Scottish Leaving Certificate Examination, 1956
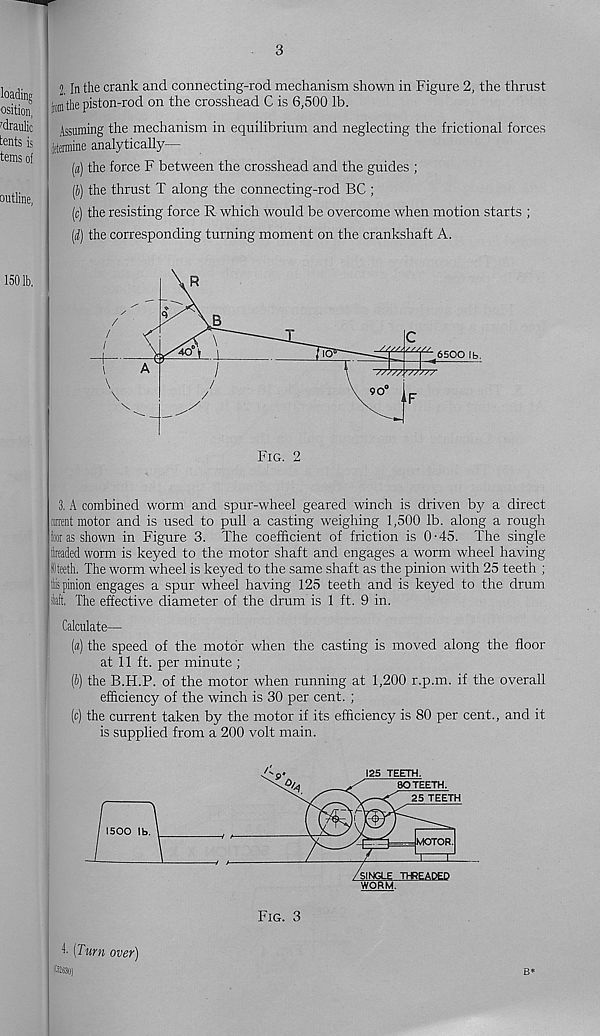
3
2. In the crank and connecting-rod mechanism shown in Figure 2, the thrust
toni the piston-rod on the crosshead C is 6,500 lb.
Assuming the mechanism in equilibrium and neglecting the frictional forces
jiteimine analytically—
(«) the force F between the crosshead and the guides ;
(J) the thrust T along the connecting-rod BC ;
(c) the resisting force R which would be overcome when motion starts ;
(d) the corresponding turning moment on the crankshaft A.
Fig. 2
3, A combined worm and spur-wheel geared winch is driven by a direct
mrent motor and is used to pull a casting weighing 1,500 lb. along a rough
bras shown in Figure 3. The coefficient of friction is 0-45. The single
headed worm is keyed to the motor shaft and engages a worm wheel having
Sdteeth. The worm wheel is keyed to the same shaft as the pinion with 25 teeth ;
tiis pinion engages a spur wheel having 125 teeth and is keyed to the drum
iaft. The effective diameter of the drum is 1 ft. 9 in.
Calculate—
(«) the speed of the motor when the casting is moved along the floor
at 11 ft. per minute ;
(f>) the B.H.P. of the motor when running at 1,200 r.p.m. if the overall
efficiency of the winch is 30 per cent. ;
(c) the current taken by the motor if its efficiency is 80 per cent., and it
is supplied from a 200 volt main.
i- (Turn over)
Fig. 3